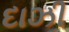
દાઝી